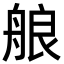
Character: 艆